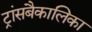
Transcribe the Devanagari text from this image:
ट्रांसबैकालिका